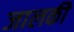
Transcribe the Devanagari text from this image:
जालकी